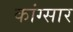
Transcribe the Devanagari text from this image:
कांग्सार